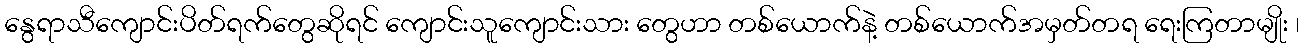
နွေရာသီကျောင်းပိတ်ရက်တွေဆိုရင် ကျောင်းသူကျောင်းသား တွေဟာ တစ်ယောက်နဲ့ တစ်ယောက်အမှတ်တရ ရေးကြတာမျိုး ၊